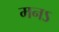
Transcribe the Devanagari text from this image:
मनऽ